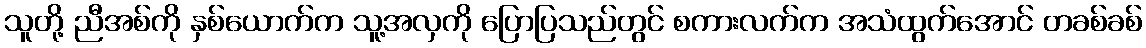
သူတို့ ညီအစ်ကို နှစ်ယောက်က သူ့အလှကို ပြောပြသည်တွင် စကားလက်က အသံထွက်အောင် တခစ်ခစ်